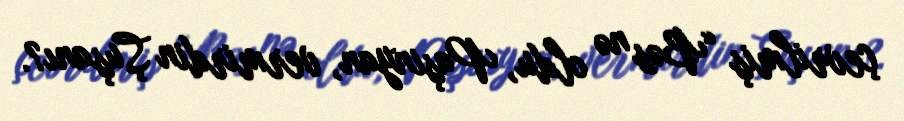
çevrilmiş “Bəs nə oldu, Paşinyan, vermirdin Şuşanı?.